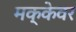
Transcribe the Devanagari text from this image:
मक्केवर